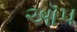
ઑપ